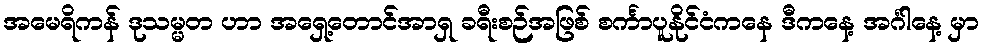
အမေရိကန် ဒုသမ္မတ ဟာ အရှေ့တောင်အာရှ ခရီးစဉ်အဖြစ် စင်္ကာပူနိုင်ငံကနေ ဒီကနေ့ အင်္ဂါနေ့ မှာ